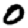
Digit: 0